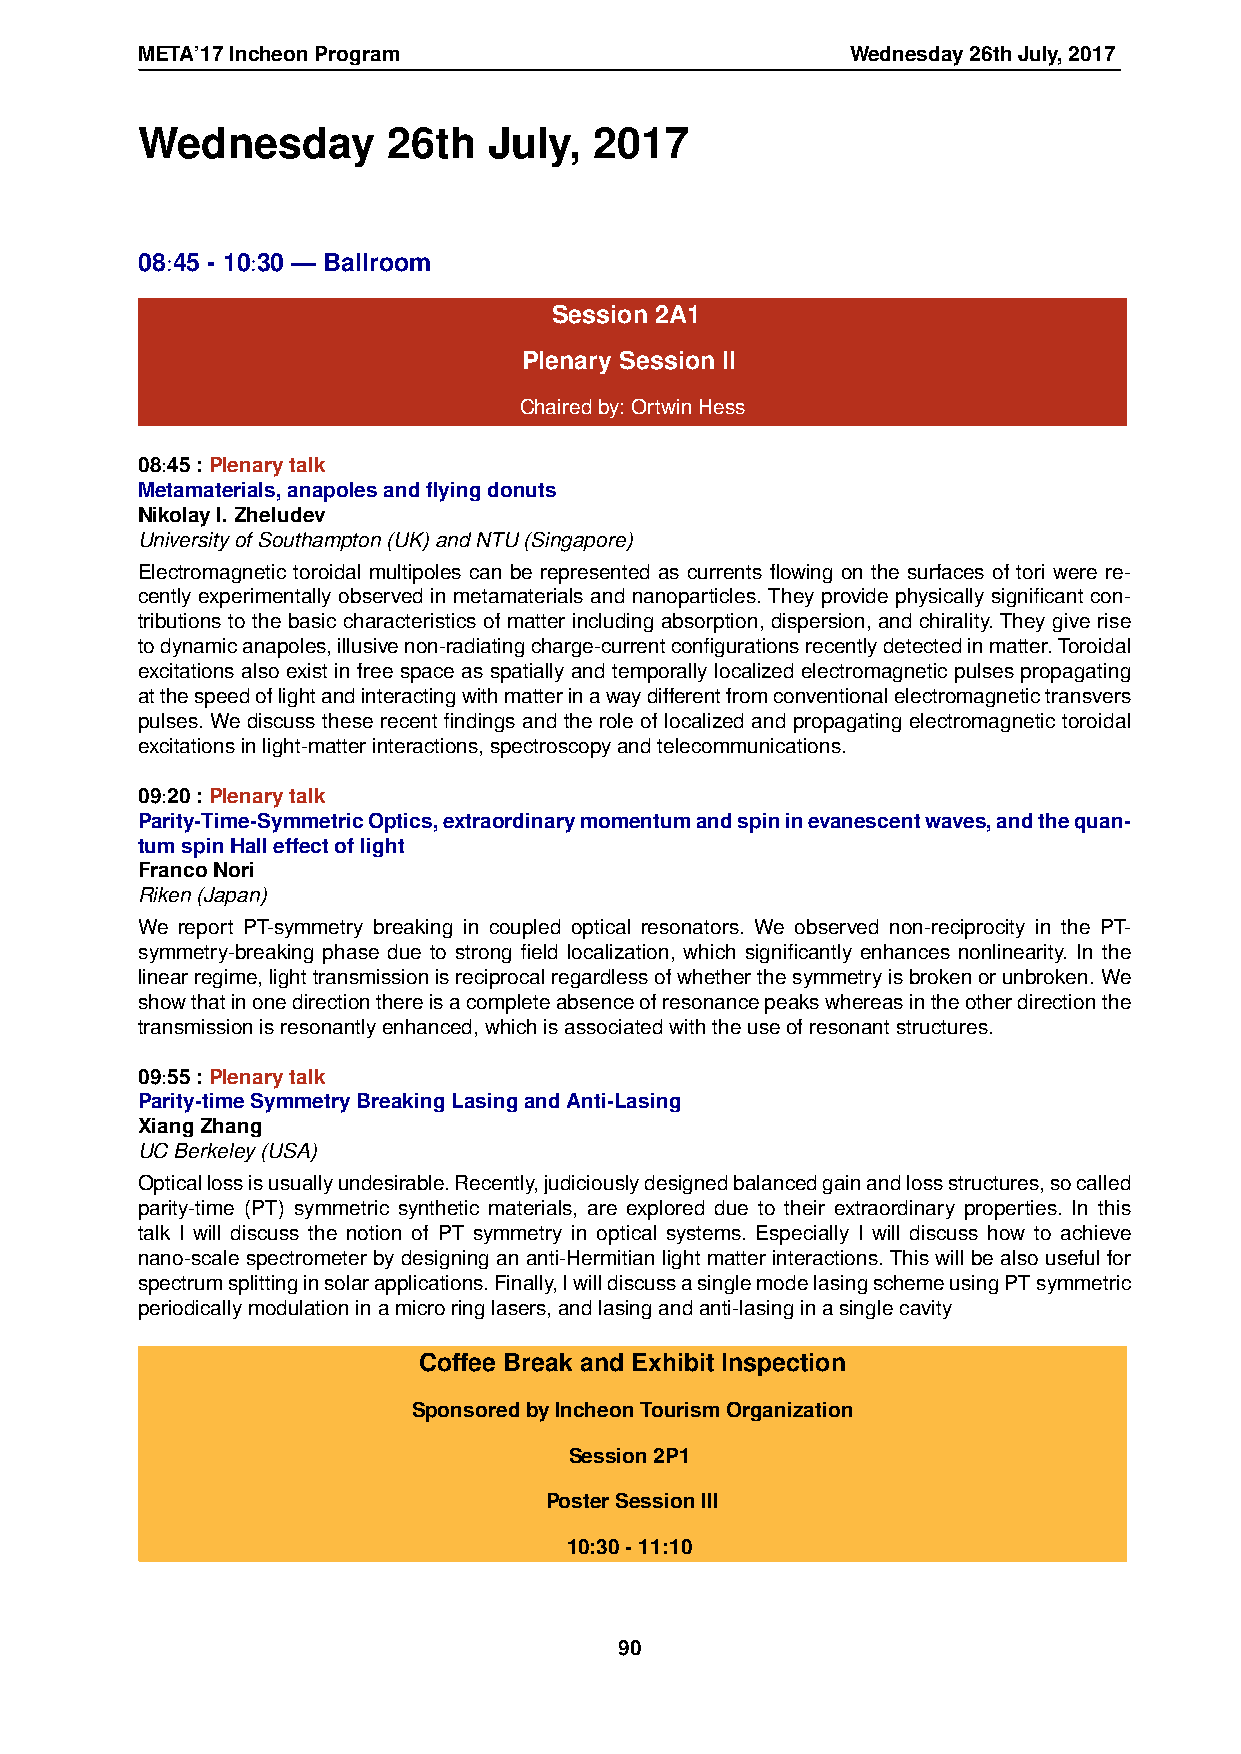
META’17IncheonProgram                          Wednesday26thJuly,2017
 Wednesday        26th  July,  2017
 08:45 - 10:30 — Ballroom
 Session 2A1
 Plenary Session II
 Chairedby:OrtwinHess
 08:45:Plenarytalk
 Metamaterials,anapolesandflyingdonuts
 NikolayI.Zheludev
 UniversityofSouthampton(UK)andNTU(Singapore)
 Electromagnetic toroidal multipoles can be represented as currents flowing on the surfaces of tori were re-
 cently experimentally observed in metamaterials and nanoparticles. They provide physically significant con-
 tributions to the basic characteristics of matter including absorption, dispersion, and chirality. They give rise
 todynamicanapoles,illusivenon-radiatingcharge-currentconfigurationsrecentlydetectedinmatter.Toroidal
 excitations also exist in free space as spatially and temporally localized electromagnetic pulses propagating
 atthespeedoflightandinteractingwithmatterinawaydifferentfromconventionalelectromagnetictransvers
 pulses. We discuss these recent findings and the role of localized and propagating electromagnetic toroidal
 excitationsinlight-matterinteractions,spectroscopyandtelecommunications.
 09:20:Plenarytalk
 Parity-Time-SymmetricOptics,extraordinarymomentumandspininevanescentwaves,andthequan-
 tumspinHalleffectoflight
 FrancoNori
 Riken(Japan)
 We report PT-symmetry breaking in coupled optical resonators. We observed non-reciprocity in the PT-
 symmetry-breaking phase due to strong field localization, which significantly enhances nonlinearity. In the
 linearregime,lighttransmissionisreciprocalregardlessofwhetherthesymmetryisbrokenorunbroken.We
 showthatinonedirectionthereisacompleteabsenceofresonancepeakswhereasintheotherdirectionthe
 transmissionisresonantlyenhanced,whichisassociatedwiththeuseofresonantstructures.
 09:55:Plenarytalk
 Parity-timeSymmetryBreakingLasingandAnti-Lasing
 XiangZhang
 UCBerkeley(USA)
 Opticallossisusuallyundesirable.Recently,judiciouslydesignedbalancedgainandlossstructures,socalled
 parity-time (PT) symmetric synthetic materials, are explored due to their extraordinary properties. In this
 talk I will discuss the notion of PT symmetry in optical systems. Especially I will discuss how to achieve
 nano-scale spectrometer by designing an anti-Hermitian light matter interactions. This will be also useful for
 spectrumsplittinginsolarapplications.Finally,IwilldiscussasinglemodelasingschemeusingPTsymmetric
 periodicallymodulationinamicroringlasers,andlasingandanti-lasinginasinglecavity
 Coffee Break and Exhibit Inspection
 SponsoredbyIncheonTourismOrganization
 Session2P1
 PosterSessionIII
 10:30-11:10
 90